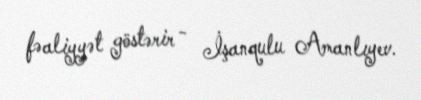
fəaliyyət göstərir - İşanqulu Amanlıyev.